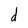
Character: d